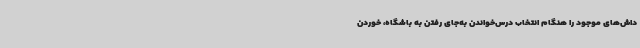
داش‌های موجود را هنگام انتخاب درس‌خواندن به‌جای رفتن به باشگاه، خوردن